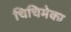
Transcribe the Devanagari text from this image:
चिचिमेका